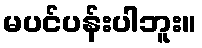
မပင်ပန်းပါဘူး။